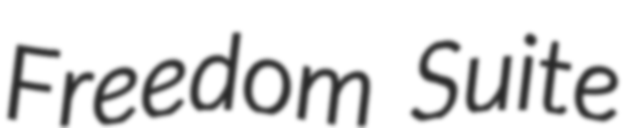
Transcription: Freedom Suite